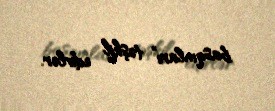
basqınları” təşkil edirlər.